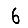
Digit: 6